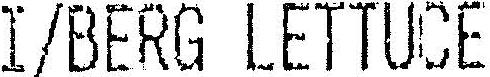
I/BERG LETTUCE